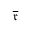
\overline { { \mathfrak { r } } }